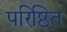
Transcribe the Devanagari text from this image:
परिष्ठित